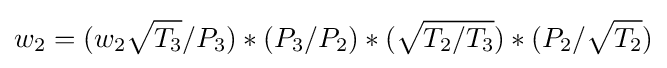
w_{2}=(w_{2}{\sqrt {T_{3}}}/P_{3})*(P_{3}/P_{2})*({\sqrt {T_{2}/T_{3}}})*(P_{2}/{\sqrt {T_{2}}})